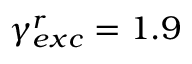
\gamma _ { e x c } ^ { r } = 1 . 9